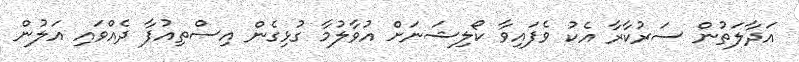
އަދާލަތުން ސަރުކާރާ އެކު ވެފައިވާ ކޯލިޝަނަށް އުވާލުމާ ގުޅިގެން އިސްތިއުފާ ދެއްވައި އަލުން